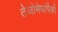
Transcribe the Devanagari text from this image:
तेजोमेघांपैकी